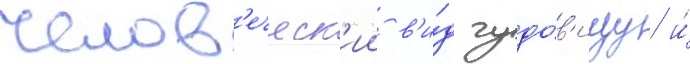
челов'еческ'ии в'и́д чудо́в'ищу и́